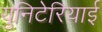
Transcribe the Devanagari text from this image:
युनिटेरियाई